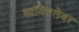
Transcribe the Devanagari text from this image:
सांगितलेवर